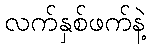
လက်နှစ်ဖက်နဲ့